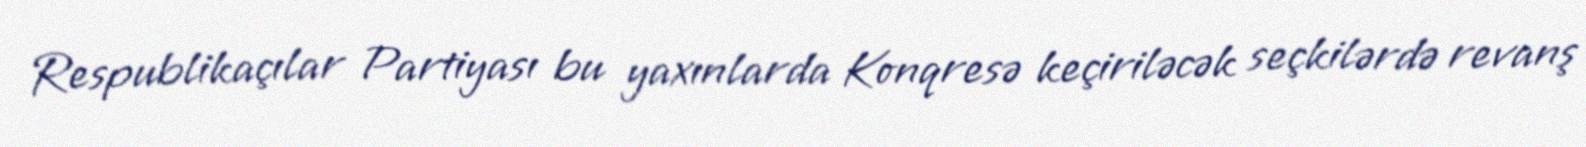
Respublikaçılar Partiyası bu yaxınlarda Konqresə keçiriləcək seçkilərdə revanş